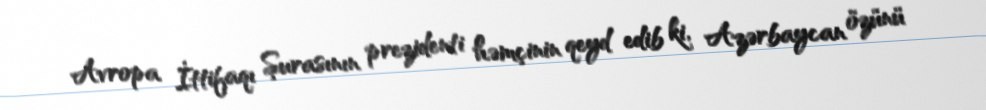
Avropa İttifaqı Şurasının prezidenti həmçinin qeyd edib ki, Azərbaycan özünü